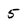
Character: 5